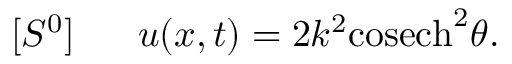
[ S ^ { 0 } ] ~ ~ ~ ~ ~ u ( x , t ) = 2 k ^ { 2 } \mathrm { c o s e c h } ^ { 2 } \theta .